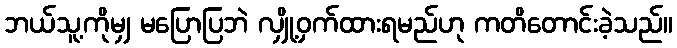
ဘယ်သူ့ကိုမျှ မပြောပြဘဲ လျှို့ဝှက်ထားရမည်ဟု ကတိတောင်းခဲ့သည်။